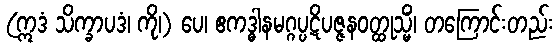
(ဣဒံ သိက္ခာပဒံ၊ ကို၊) ပေ၊ ဧကဒ္ဓါနမဂ္ဂပ္ပဋိပဇ္ဇနဝတ္ထုသ္မိံ၊ တကြောင်းတည်း